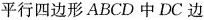
平行四边形ABCD中DC边